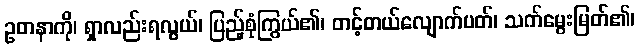
ဥတနာကို၊ ရှာလည်းရလွယ်၊ ပြည့်စုံကြွယ်၏၊ တင့်တယ်လျောက်ပတ်၊ သက်မွေးမြတ်၏၊